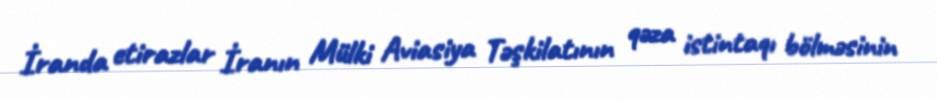
İranda etirazlar İranın Mülki Aviasiya Təşkilatının qəza istintaqı bölməsinin